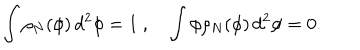
LaTeX: \int \rho _ { N } ( \phi ) \, d ^ { 2 } \phi = 1 \ , \quad \int \phi \rho _ { N } ( \phi ) \, d ^ { 2 } \phi = 0 .